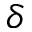
\delta